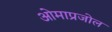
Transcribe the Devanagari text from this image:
ओमाप्रजोल